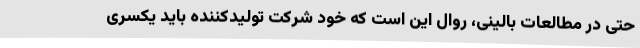
حتی در مطالعات بالینی، روال این است که خود شرکت تولیدکننده باید یکسری